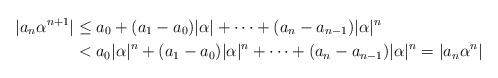
LaTeX: \begin{align*}|a_n\alpha^{n+1}|&\leq a_0 + (a_1 - a_0)|\alpha| + \cdots + (a_n - a_{n-1})|\alpha|^{n}\\& < a_0|\alpha|^n + (a_1 - a_0)|\alpha|^{n} + \cdots + (a_n - a_{n-1})|\alpha|^{n} = |a_n\alpha^n|\end{align*}